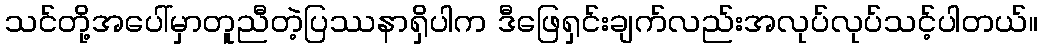
သင်တို့အပေါ်မှာတူညီတဲ့ပြဿနာရှိပါက ဒီဖြေရှင်းချက်လည်းအလုပ်လုပ်သင့်ပါတယ်။